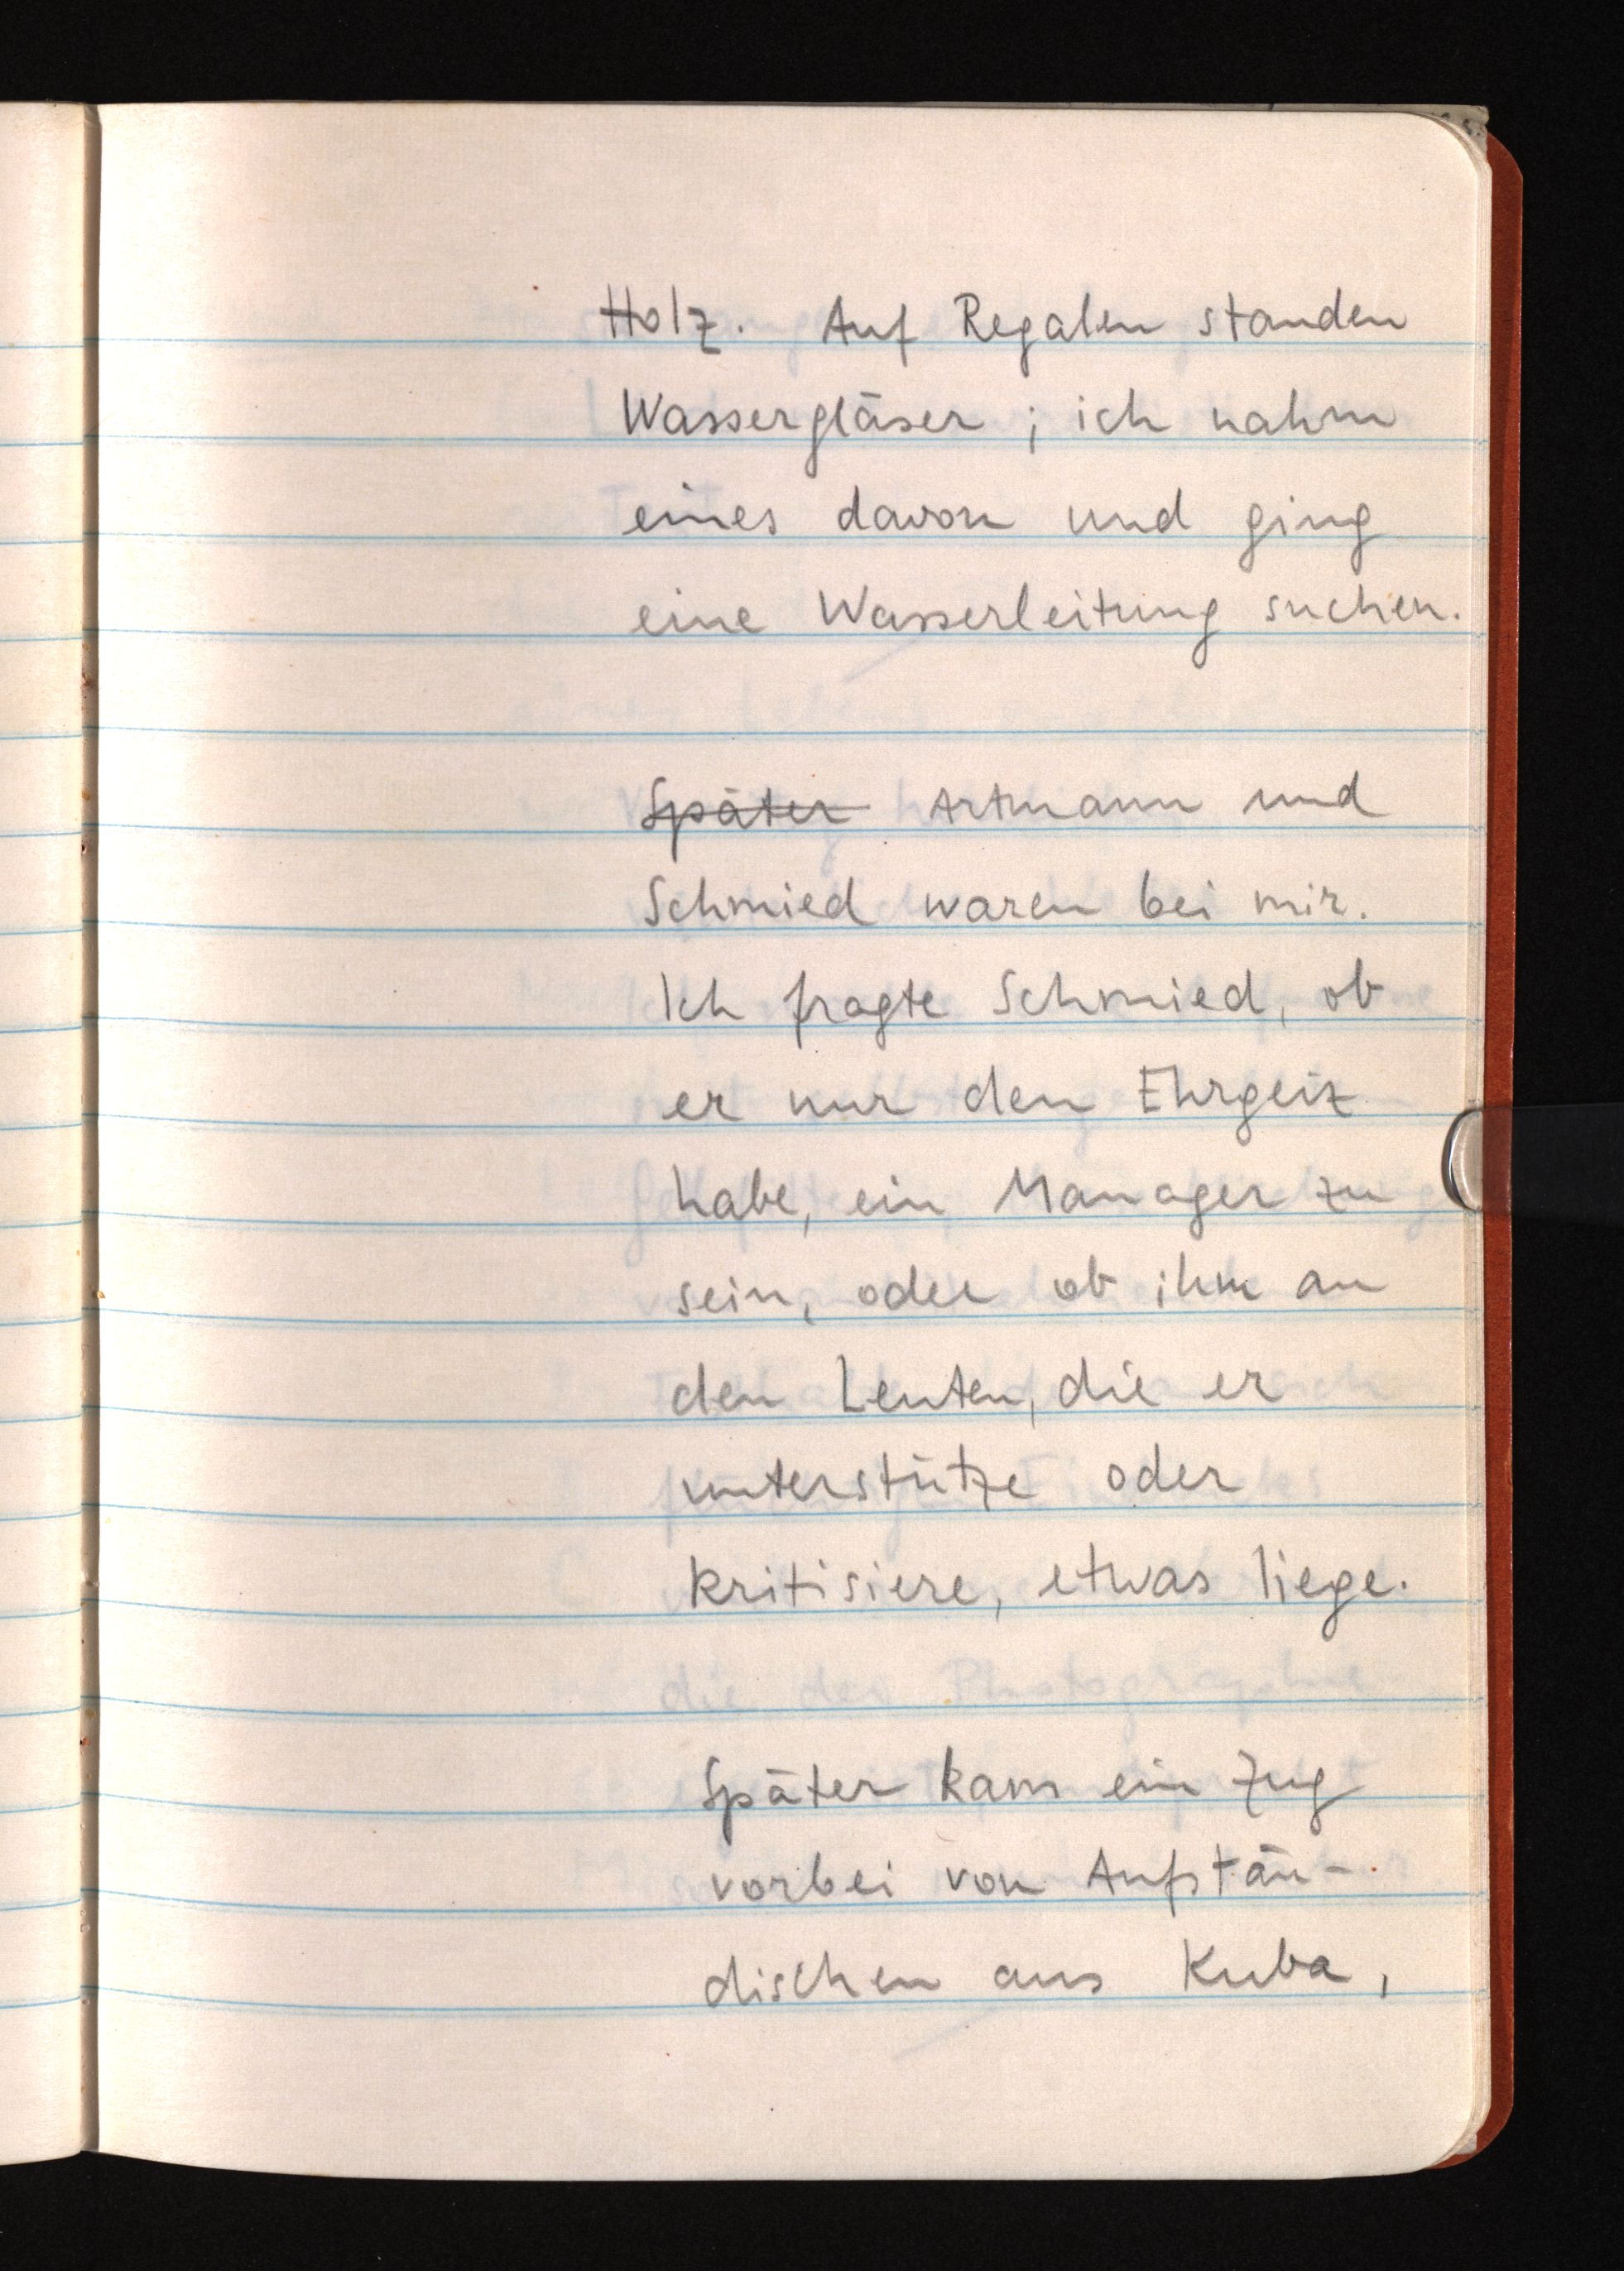
Holz. Auf Regalen standen
Wassergläser; ich nahm
eines davon und ging
eine Wasserleitung suchen.
Später Artmann und
Schmied waren bei mir.
Ich fragte Schmied, ob
er nur den Ehrgeiz
habe, ein Manager zu
sein, oder ob ihm an
den Leuten, die er
unterstütze oder
kritisiere, etwas liege.
Später kam ein Zug
vorbei von Aufstän¬
dischen aus Kuba,